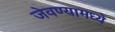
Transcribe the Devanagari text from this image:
जेवण्यामध्ये